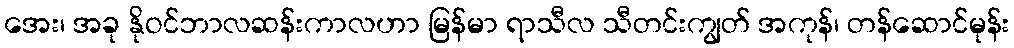
အေး၊ အခု နိုဝင်ဘာလဆန်းကာလဟာ မြန်မာ ရာသီလ သီတင်းကျွတ် အကုန်၊ တန်ဆောင်မုန်း